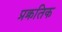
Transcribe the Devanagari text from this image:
प्रक्रतिक